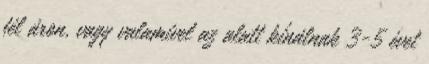
fél áron, vagy valamivel az alatt kínálnak 3-5 évet